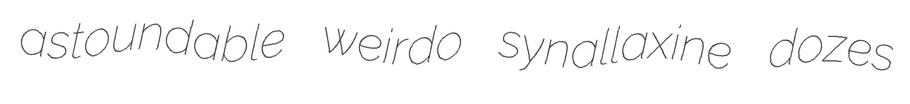
astoundable weirdo synallaxine dozes